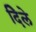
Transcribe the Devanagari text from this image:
दिेले